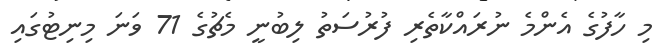
މި ހާފުގެ އެންމެ ނުރައްކާތެރި ފުރުސަތު ލިބުނީ މެޗުގެ 71 ވަނަ މިނިޓުގައި